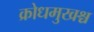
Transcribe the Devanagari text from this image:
क्रोधमुखश्च